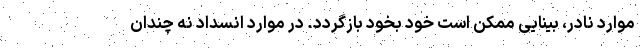
موارد نادر، بینایی ممکن است خود بخود بازگردد. در موارد انسداد نه چندان